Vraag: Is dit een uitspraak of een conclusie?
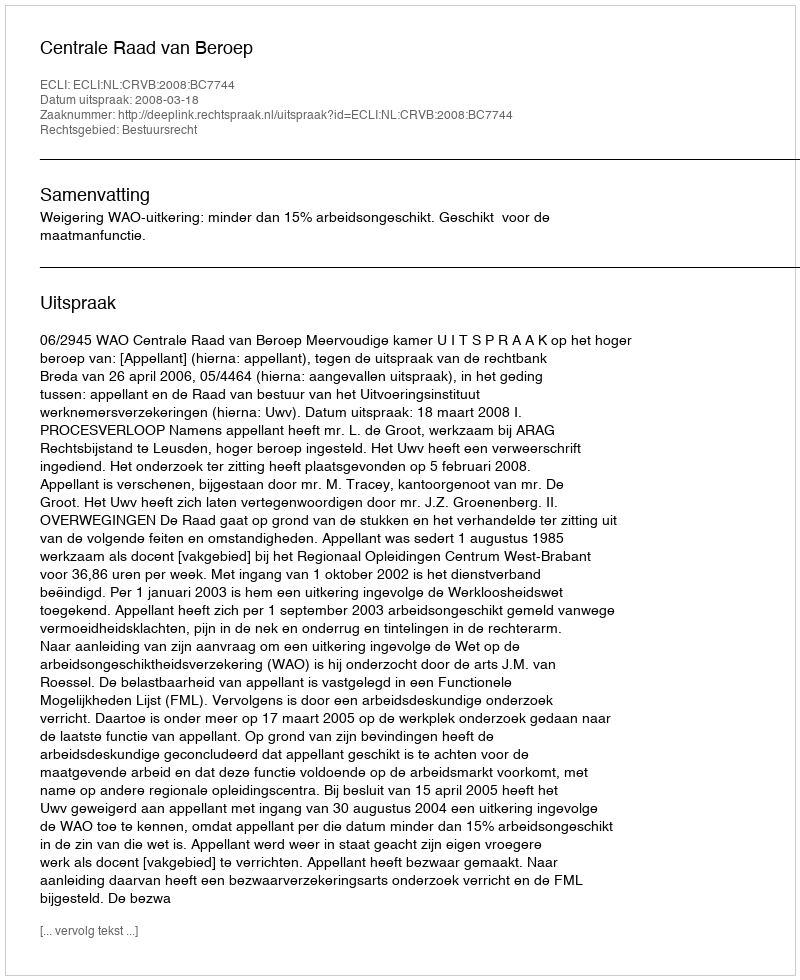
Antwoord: Uitspraak